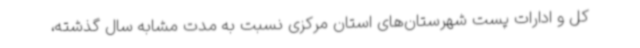
کل و ادارات پست شهرستان‌های استان مرکزی نسبت به مدت مشابه سال گذشته،